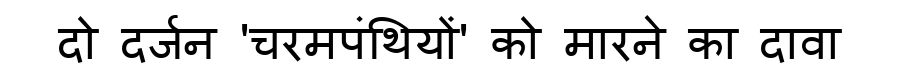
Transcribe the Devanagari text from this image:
दो दर्जन 'चरमपंथियों' को मारने का दावा